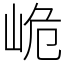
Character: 峗